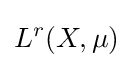
L^{r}(X,\mu )